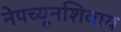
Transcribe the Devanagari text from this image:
नेपच्यूनशिवाय